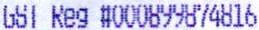
GST REG #000899874816